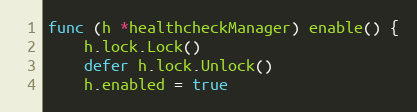
Language: Go
func (h *healthcheckManager) enable() {
	h.lock.Lock()
	defer h.lock.Unlock()
	h.enabled = true